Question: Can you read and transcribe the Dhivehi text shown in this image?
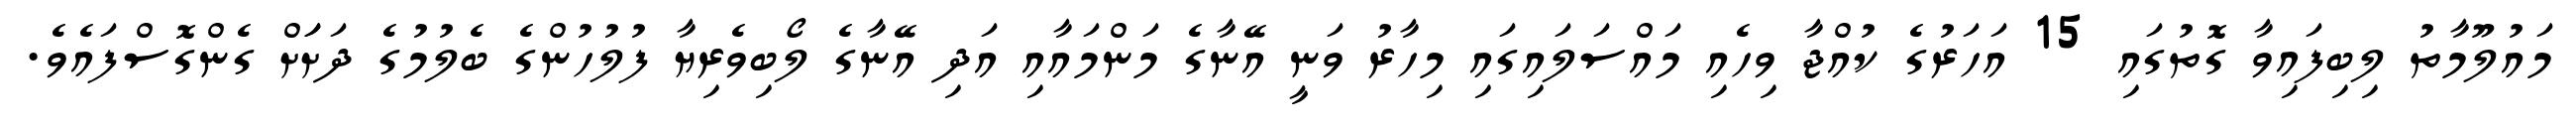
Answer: މައުލޫމާތު ލިބިފައިވާ ގޮތުގައި 15 އަހަރުގެ ކުއްޖާ ވިހެއި މައްސަލައިގައި މިހާރު ވަނީ އޭނާގެ މަންމައާއި އަދި އޭނާގެ ލޯބިވެރިޔާ ފުލުހުންގެ ބެލުމުގެ ދަށަަށް ގެންގޮސްފައެވެ.